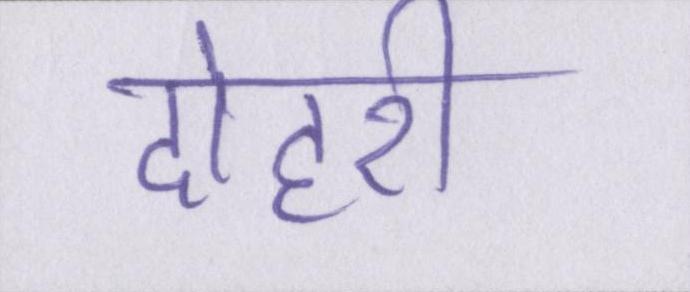
दोहरी